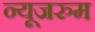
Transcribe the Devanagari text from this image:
न्यूजरुम